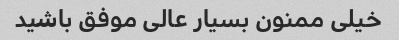
خیلی ممنون بسیار عالی موفق باشید